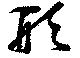
形